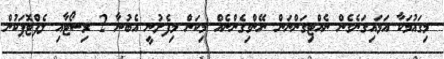
މިގައުމަކާ އަޅައިގަނެގެން ނެއްޓިގަންނަން ނޭންގިގެންނެއް މިކަން މިފެށުނީ އެބުނާ 2 ރިސޯޓާއި ލެފްޓޮޕަކުން